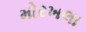
મોરખલા